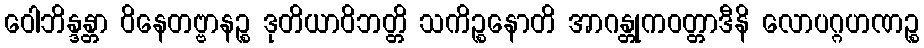
ဝေါဘိန္ဒန္တာ ဝိနေတဗ္ဗာနဉ္စ ဒုတိယာဝိဘတ္တိ သကိဉ္စနောတိ အာဂန္တုကဝတ္တာဒီနိ လောပဂ္ဂဟဏဉ္စ